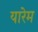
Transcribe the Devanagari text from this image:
यारेम